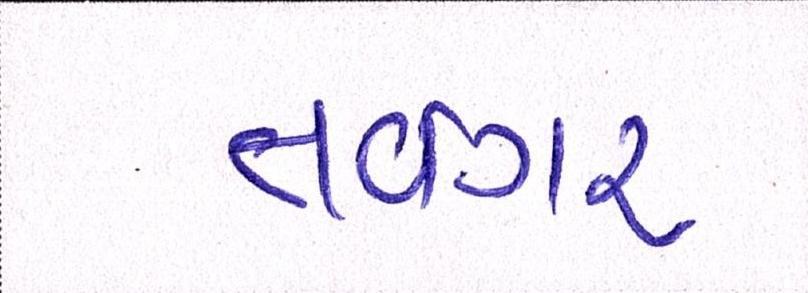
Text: તવંગર